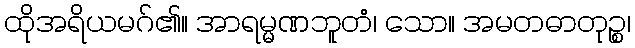
ထိုအရိယမဂ်၏။ အာရမ္မဏဘူတံ၊ သော။ အမတဓာတုဉ္စ၊